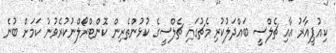
ކިއުޕީއާރު އާއި ޗެލްސީ ބައްދަލުކުރި މެޗުގައި ޗެލްސީގެ ކުޅުންތެރިން ކޮންޓްރޯލްނުކުރެވުނު ކަމަށް ބުނެ